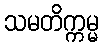
သမတိက္ကမ္မ